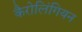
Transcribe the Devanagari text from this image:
कैरोलिंगियन